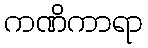
ကဏိကာရာ